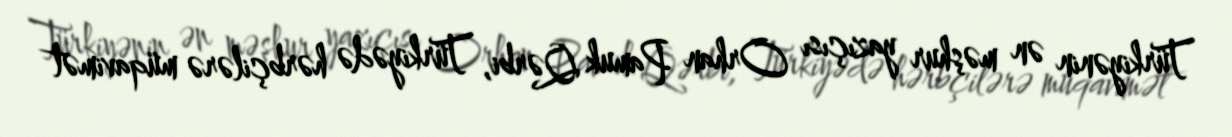
Türkiyənin ən məşhur yazıçısı Orhan Pamuk Qərbi, Türkiyədə hərbçilərə müqavimət